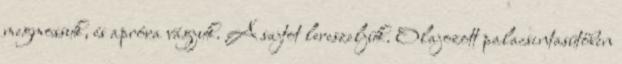
megmossuk, és apróra vágjuk. A sajtot lereszeljük. Olajozott palacsintasütőben